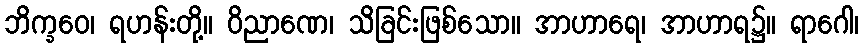
ဘိက္ခဝေ၊ ရဟန်းတို့။ ဝိညာဏေ၊ သိခြင်းဖြစ်သော။ အာဟာရေ၊ အာဟာရ၌။ ရာဂေါ၊